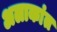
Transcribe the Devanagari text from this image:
अलाकांत